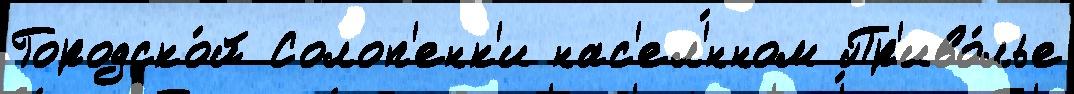
Городско́й Солоп'енк'и нас'ел'́нном Пр'иво́лье